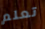
تعلم